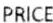
PRICE